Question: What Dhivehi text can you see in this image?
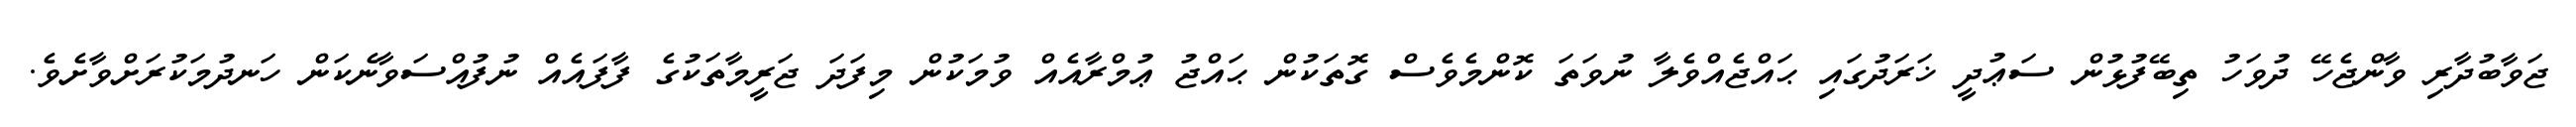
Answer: ޖަވާބުދާރި ވާންޖެހޭ ދުވަހު ތިބޭފުޅުން ސަޢުދީ ޚަރަދުގައި ޙައްޖެއްވެލާ ނުވަތަ ކޮންމެވެސް ގޮތަކުން ޙައްޖު ޢުމްރާއެއް ވުމަކުން މިފަދަ ޖަރީމާތަކުގެ ފާފައެއް ނުފުއްސަވާނެކަން ހަނދުމަކުރަށްވާށެވެ.